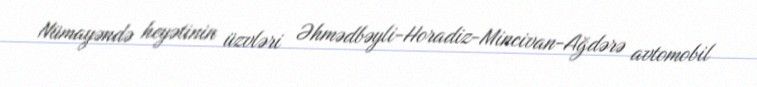
Nümayəndə heyətinin üzvləri Əhmədbəyli-Horadiz-Mincivan-Ağdərə avtomobil